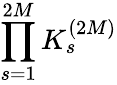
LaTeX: \displaystyle\prod_{s=1}^{2M}K_{s}^{(2M)}